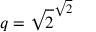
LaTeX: q = { \sqrt { 2 } } ^ { \sqrt { 2 } }